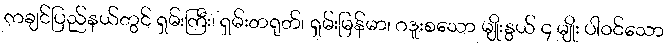
ကချင်ပြည်နယ်တွင် ရှမ်းကြီး၊ ရှမ်းတရုတ်၊ ရှမ်းမြန်မာ၊ ဂဒူးစသော မျိုးနွယ် ၄ မျိုး ပါဝင်သော